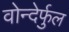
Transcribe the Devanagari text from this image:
वोन्देर्फुल